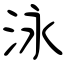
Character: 泳